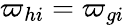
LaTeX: \varpi_{hi}=\varpi_{gi}